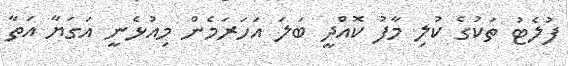
ފުލެޓު ތަކުގެ ކުލި މާފު ކޮއްދީ ބަލަ އަހަރަމެން މިއުޅެނީ އަގަޔާ އަތާ